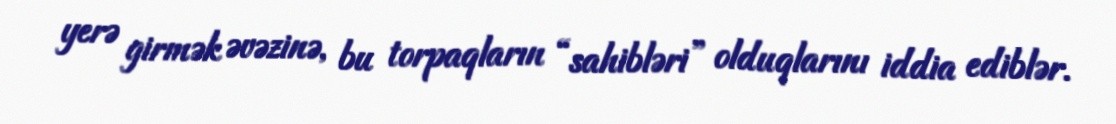
yerə girmək əvəzinə, bu torpaqların “sahibləri” olduqlarını iddia ediblər.